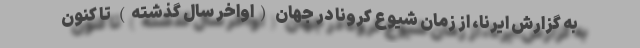
به گزارش ایرنا، از زمان شیوع کرونا در جهان (اواخر سال گذشته) تا کنون